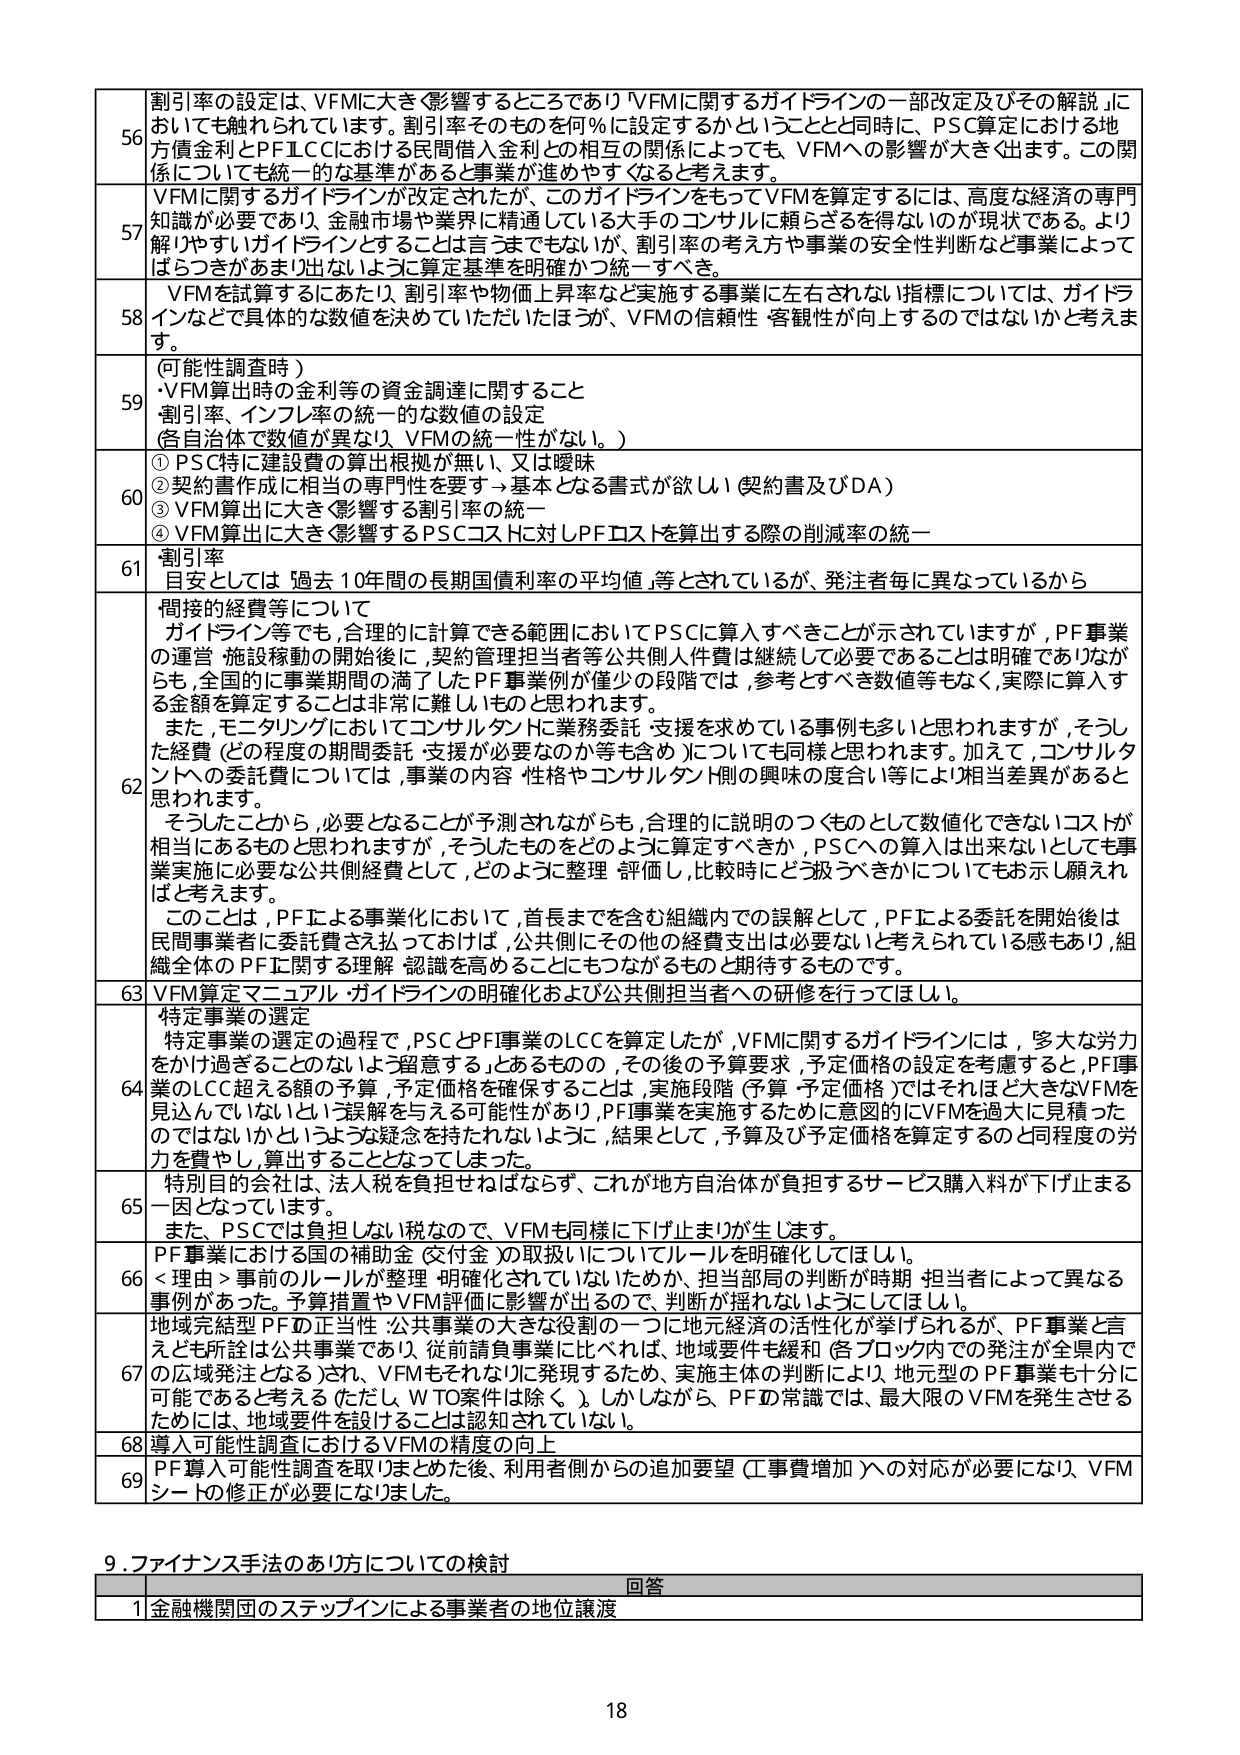
56 割引率の設定は、VFMに大きく影響するところであり「VFMに関するガイドラインの一部改定及びその解説」においても触れられています。割引率そのものを何％に設定するかということと同時に、PSC算定における地方債金利とPF LCCにおける民間借入金利との相互の関係によっても、VFMへの影響が大きく出ます。この関係についても統一的な基準があると事業が進めやすくなると考えます。

57 VFMに関するガイドラインが改定されたが、このガイドラインをもってVFMを算定するには、高度な経済の専門知識が必要であり、金融市場や業界に精通している大手のコンサルに頼らざるを得ないのが現状である。より解りやすいガイドラインとすることは言つまでもないが、割引率の考え方や事業の安全性判断など事業によってばらつきがあまり出ないように算定基準を明確かつ統一すべき。

58 VFMを試算するにあたり、割引率や物価上昇率など実施する事業に左右されない指標については、ガイドラインなどで具体的な数値を決めていただいたほうが、VFMの信頼性・客観性が向上するのではないかと考えます。

59 （可能性調査時）
・VFM算出時の金利等の資金調達に関すること
・割引率、インフレ率の統一的な数値の設定
（各自治体で数値が異なり、VFMの統一性がない。）

60 ① PSC特に建設費の算出根拠が無い、又は曖昧
② 契約書作成に相当の専門性を要する→基本となる書式が欲しい（契約書及びDA）
③ VFM算出に大きく影響する割引率の統一
④ VFM算出に大きく影響するPSCコストに対しPFコストを算出する際の削減率の統一

61 割引率
目安としては、過去10年間の長期国債利率の平均値、等とされているが、発注者毎に異なっているから

62 関係的経費等について
ガイドライン等でも、合理的に計算できる範囲においてPSCに算入すべきことが示されていますが、PF事業の運営・施設稼動の開始後に、契約管理担当者等公共側人件費は継続して必要であることは明確でありながらも、全国的に事業期間の満了したPF事業例が僅少の段階では、参考とすべき数値等もなく、実際に算入する金額を算定することは非常に難しいものと思われます。
また、モニタリングにおいてコンサルタントに業務委託・支援を求めている事例も多いと思われますが、そうした経費（どの程度の期間委託・支援が必要なのか等も含め）についても同様と思われます。加えて、コンサルタントへの委託費については、事業の内容・性格やコンサルタント側の興味の度合い等により相当差異があると思われます。
そうしたことから、必要となることが予測されながらも、合理的に説明のつくものとして数値化できないコストが相当にあるものと思われますが、そうしたものをどのように算定すべきか、PSCへの算入は出来ないとしても事業実施に必要な公共側経費として、どのように整理・評価し、比較時にどう扱うべきかについてもお示し願えればと考えます。
このことは、PFによる事業化において、首長までを含む組織内での誤解として、PFによる委託を開始後は民間事業者に委託費さえ払っておけば、公共側にその他の経費支出は必要ないと考えられている感もあり、組織全体のPFに関する理解・認識を高めることにもつながるものと期待するものです。

63 VFM算定マニュアル・ガイドラインの明確化および公共側担当者への研修を行ってほしい。

64 特定事業の選定
特定事業の選定の過程で、PSCとPF事業のLCCを算定したが、VFMに関するガイドラインには、「多大な労力をかけ過ぎることのないよう留意する」とあるものの、その後の予算要求・予定価格の設定を考慮すると、PF事業のLCC超える額の予算・予定価格を確保することは、実施段階（予算・予定価格）ではそれほど大きなVFMを見込んでいないという誤解を与える可能性があり、PF事業を実施するために意図的にVFMを過大に見積もったのではないかというような疑念を持たれないように、結果として、予算及び予定価格を算定するのと同程度の労力を費やし、算出することとなってしまった。

65 特別目的会社は、法人税を負担せねばならず、これが地方自治体が負担するサービス購入料が下げ止まる一因となっています。
また、PSCでは負担しない税なので、VFMも同様に下げ止まりが生じます。

66 PF事業における国の補助金（交付金）の取扱いについてルールを明確化してほしい。
＜理由＞事前のルールが整理・明確化されていないためか、担当部局の判断が時期・担当者によって異なる事例があった。予算措置やVFM評価に影響が出るので、判断が揺れないようにしてほしい。

67 地域完結型PFの正当性：公共事業の大きな役割の一つに地元経済の活性化が挙げられるが、PF事業と言えども所詮は公共事業であり、従前請負事業に比べれば、地域要件も緩和（各ブロック内での発注が全県内で可能であると考える）され、VFMもそれなりに発現するため、実施主体の判断により、地元型のPF事業も十分に可能であると考える（ただし、WTO案件は除く。）。しかしながら、PFの常識では、最大限のVFMを発生させるためには、地域要件を設けることは認知されていない。

68 導入可能性調査におけるVFMの精度の向上

69 PF導入可能性調査を取りまとめた後、利用者側からの追加要望（工事費増加）への対応が必要になり、VFMシートの修正が必要になりました。

9. ファイナンス手法のあり方についての検討
回答
1 金融機関団のステップインによる事業者の地位譲渡

18